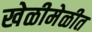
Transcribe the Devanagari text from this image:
खेळीमेळीत